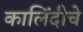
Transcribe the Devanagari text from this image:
कालिंदीचे